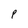
Character: P